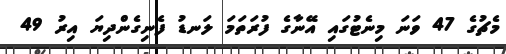
މެޗުގެ 47 ވަނަ މިނެޓުގައި އޭނާގެ ފުރަތަމަ ލަނޑު ފެނިގެންދިޔަ އިރު 49